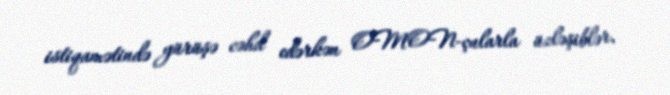
istiqamətində yürüşə cəhd edərkən OMON-çularla üzləşiblər.